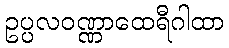
ဥပ္ပလဝဏ္ဏာထေရီဂါထာ